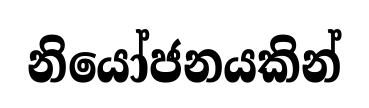
නියෝජනයකින්